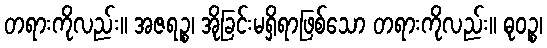
တရားကိုလည်း။ အဇရဉ္စ၊ အိုခြင်းမရှိရာဖြစ်သော တရားကိုလည်း။ ဓုဝဉ္စ၊